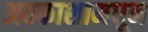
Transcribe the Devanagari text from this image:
अवकाशामधून